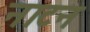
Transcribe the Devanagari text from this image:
नाटन